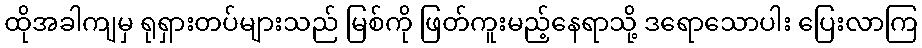
ထိုအခါကျမှ ရုရှားတပ်များသည် မြစ်ကို ဖြတ်ကူးမည့်နေရာသို့ ဒရောသောပါး ပြေးလာကြ